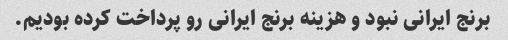
برنج ایرانی نبود و هزینه برنج ایرانی رو پرداخت کرده بودیم.